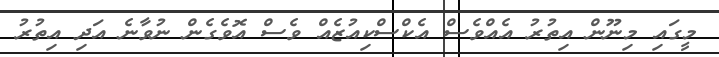
މީގައި މިނޫން އިތުރު އެެއްވެސް އެކްސްކިއުޒެއް ވެސް އޮވެގެން ނުވާނެ އަދި އިތުރު